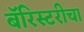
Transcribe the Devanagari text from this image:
बॅरिस्टरीचा